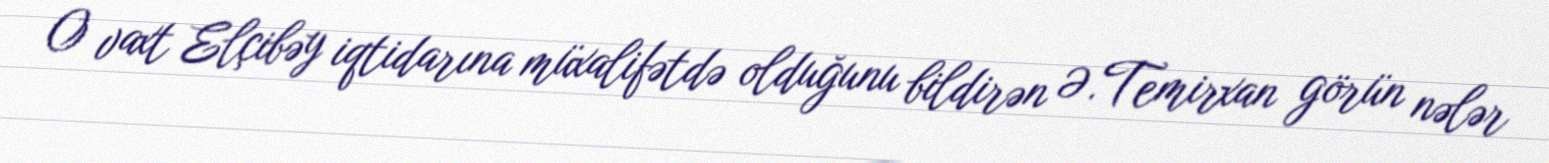
O vaxt Elçibəy iqtidarına müxalifətdə olduğunu bildirən Ə.Temirxan görün nələr